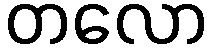
တလော